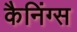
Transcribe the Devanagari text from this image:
कैनिंग्स